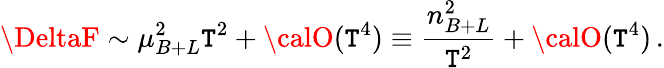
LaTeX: \DeltaF\sim\mu_{B+L}^{2}\mathtt{T}^{2}+{\calO}(\mathtt{T}^{4})\equiv\frac{{n_{B+L}^{2}}}{{\mathtt{T}^{2}}}+{\calO}(\mathtt{T}^{4})\, .